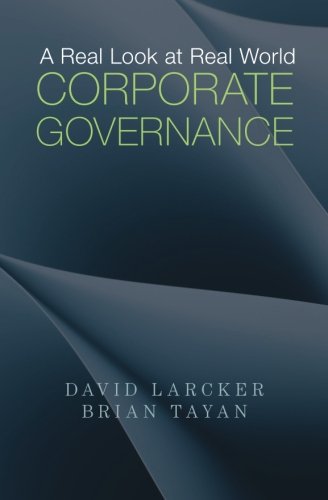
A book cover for A Real Look at Real World Corporate Governance; David Larcker; Business & Money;